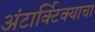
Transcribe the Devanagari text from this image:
अंटार्क्टिक्याचा